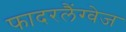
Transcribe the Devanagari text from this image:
फादरलैंग्वेज